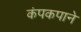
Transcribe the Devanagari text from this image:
कंपकपाने